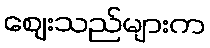
ဈေးသည်များက